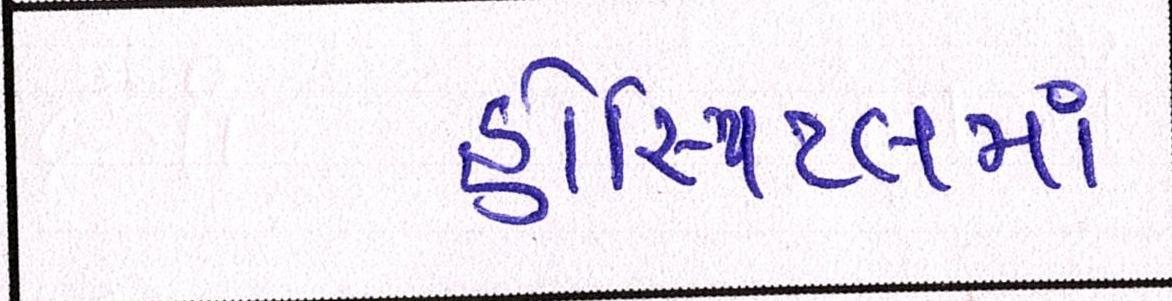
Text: હોસ્પિટલમાં